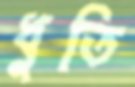
ধুতি